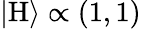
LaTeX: |\mathrm{H}\rangle\propto(1,1)